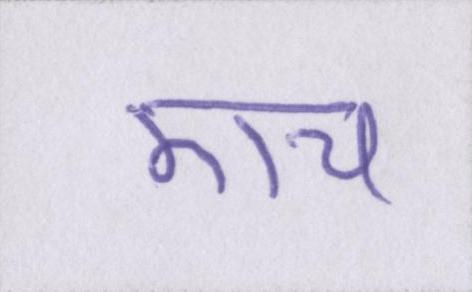
एच